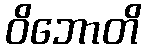
ဝိဘောတိ